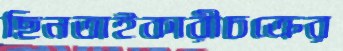
ছিনতাইকারীচক্রের